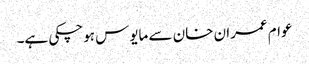
عوام عمران خان سے مایوس ہوچکی ہے۔